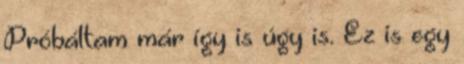
Próbáltam már így is úgy is. Ez is egy